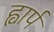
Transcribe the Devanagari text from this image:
ह्वार्प